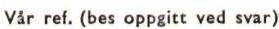
Vår ref. (bes oppgitt ved svar)